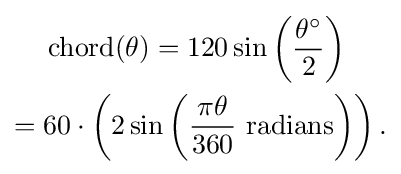
{\begin{aligned}&\operatorname {chord} (\theta )=120\sin \left({\frac {\theta ^{\circ }}{2}}\right)\\={}&60\cdot \left(2\sin \left({\frac {\pi \theta }{360}}{\text{ radians}}\right)\right).\end{aligned}}